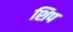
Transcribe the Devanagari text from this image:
शिप